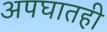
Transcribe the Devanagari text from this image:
अपघातही